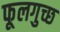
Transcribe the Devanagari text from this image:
फूलगुच्छ